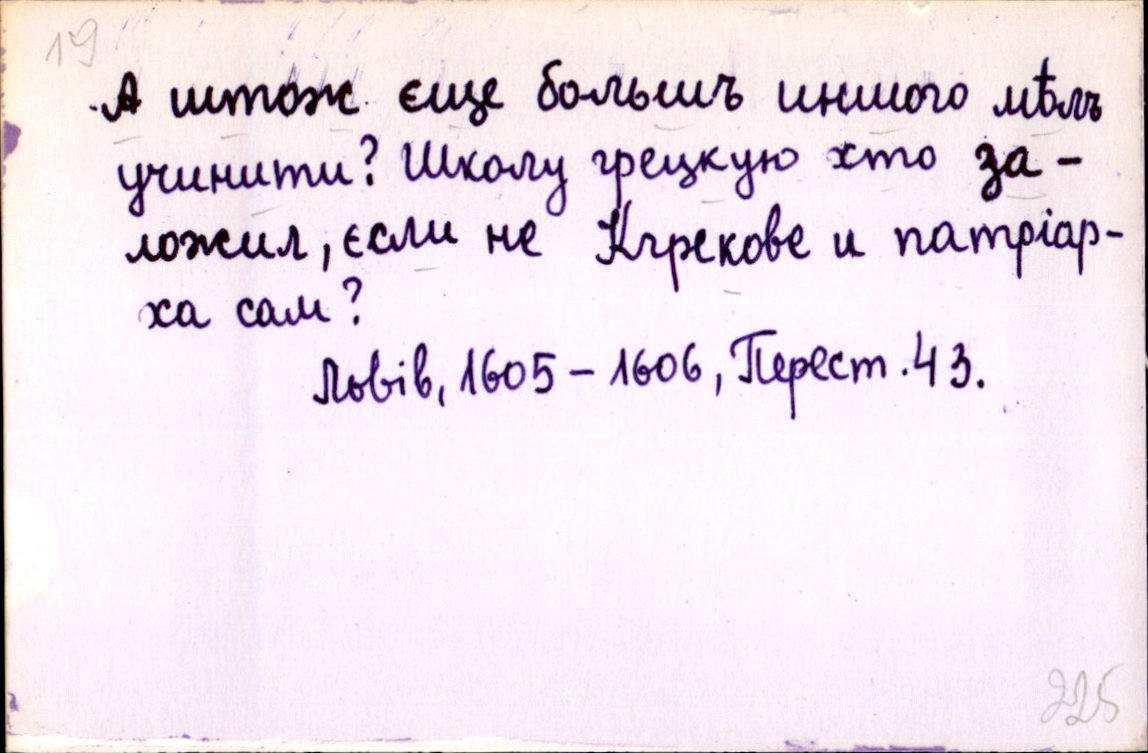
А штож єще большъ иншого мѣлъ
учинити? Школу грецкую хто за-
ложил, єсли не Кгрекове и патріар-
ха сам?
Львів, 1605-1606, Перест. 43.